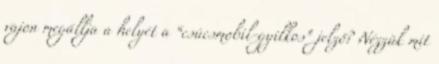
vajon megállja a helyét a “csúcsmobil-gyilkos” jelző? Nézzük mit